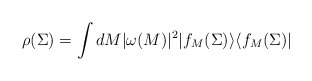
\begin{align*}\rho(\Sigma)=\int dM |\omega(M)|^2|f_M(\Sigma)\rangle\langle f_M(\Sigma)|\end{align*}